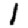
Digit: 1